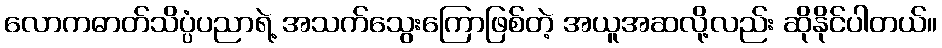
လောကဓာတ်သိပ္ပံပညာရဲ့ အသက်သွေးကြောဖြစ်တဲ့ အယူအဆလို့လည်း ဆိုနိုင်ပါတယ်။